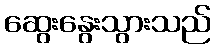
ဆွေးနွေးသွားသည်